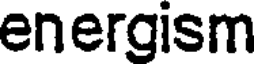
energism